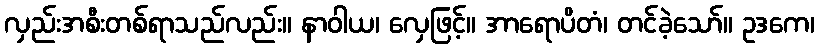
လှည်းအစီးတစ်ရာသည်လည်း။ နာဝါယ၊ လှေဖြင့်။ အာရောပိတံ၊ တင်ခဲ့သော်။ ဥဒကေ၊